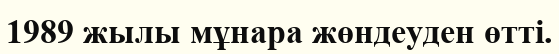
1989 жылы мұнара жөндеуден өтті.